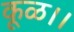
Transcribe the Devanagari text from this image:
कूळ।।